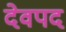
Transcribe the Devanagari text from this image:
देवपद